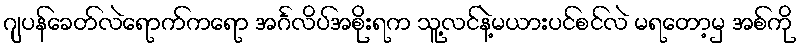
ဂျပန်ခေတ်လဲရောက်ကရော အင်္ဂလိပ်အစိုးရက သူ့လင်နဲ့မယားပင်စင်လဲ မရတော့မှ အစ်ကို